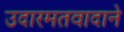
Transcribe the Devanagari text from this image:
उदारमतवादाने